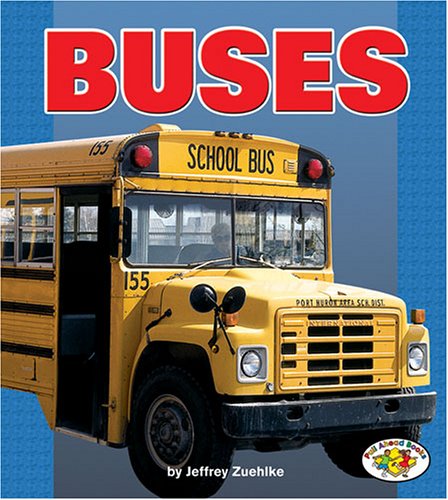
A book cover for Buses (Pull Ahead Books); Jeffrey Zuehlke; Children's Books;